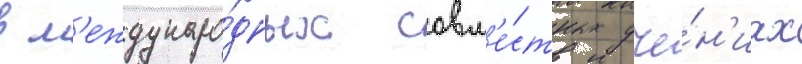
в м'еждунаро́дных совм'е́стных уче́н'иах